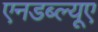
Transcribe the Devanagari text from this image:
एनडब्ल्यूए